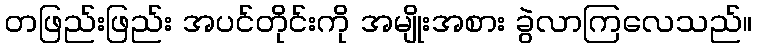
တဖြည်းဖြည်း အပင်တိုင်းကို အမျိုးအစား ခွဲလာကြလေသည်။